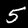
Label: 5